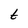
Character: t